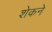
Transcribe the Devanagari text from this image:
शेकने